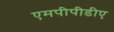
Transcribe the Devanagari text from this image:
एमपीपीडीए